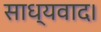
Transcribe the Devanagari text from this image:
साध्यवाद।